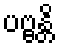
ပဗ္ဗန္တိ